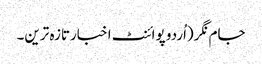
جام نگر(اُردو پوائنٹ اخبارتازہ ترین۔